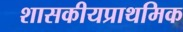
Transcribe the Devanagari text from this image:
शासकीयप्राथमिक